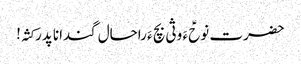
حضرت نوحؑ ءَ وثی بچ ءَ راحال گندانا پدر کثہ!